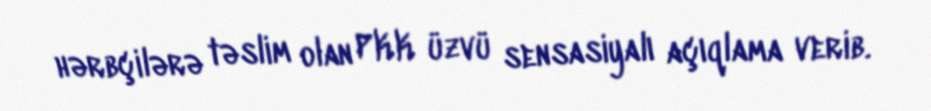
hərbçilərə təslim olan PKK üzvü sensasiyalı açıqlama verib.